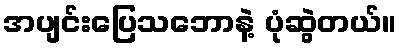
အပျင်းပြေသဘောနဲ့ ပုံဆွဲတယ်။